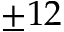
\pm 1 2